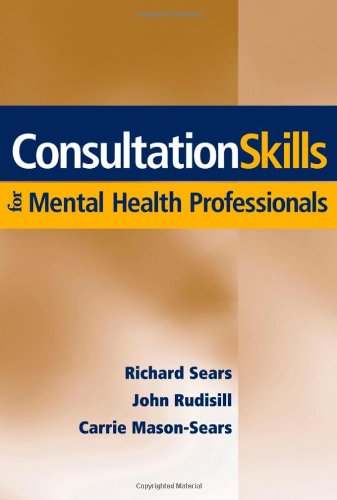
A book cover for Consultation Skills for Mental Health Professionals; Richard W. Sears; Medical Books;